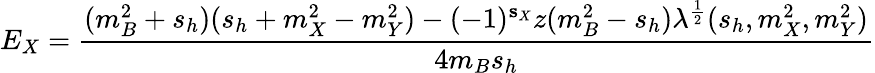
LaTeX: E_{X}={\frac{(m_{B}^{2}+s_{h})(s_{h}+m_{X}^{2}-m_{Y}^{2})-(-1)^{{\mathbf s}_{X}}z(m_{B}^{2}-s_{h})\lambda^{\frac{1}{2}}(s_{h},m_{X}^{2},m_{Y}^{2})}{4m_{B}s_{h}}}